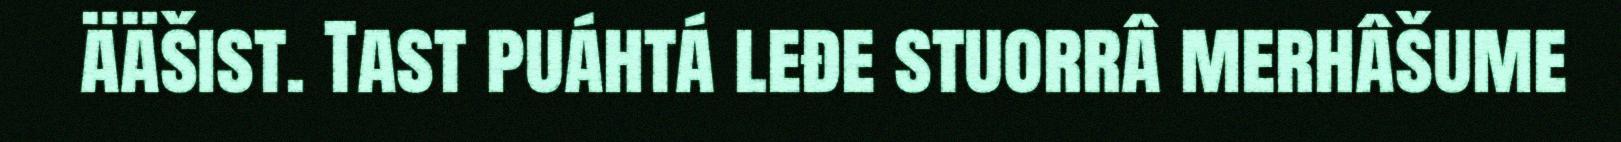
ääšist. Tast puáhtá leđe stuorrâ merhâšume